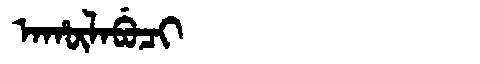
Manchu: ᠠᡥᡡᠯᠠᠪᡠᠴᡳ
Romanization: AHŪLABUCI